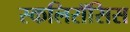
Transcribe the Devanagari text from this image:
स्कलिरॉसिस